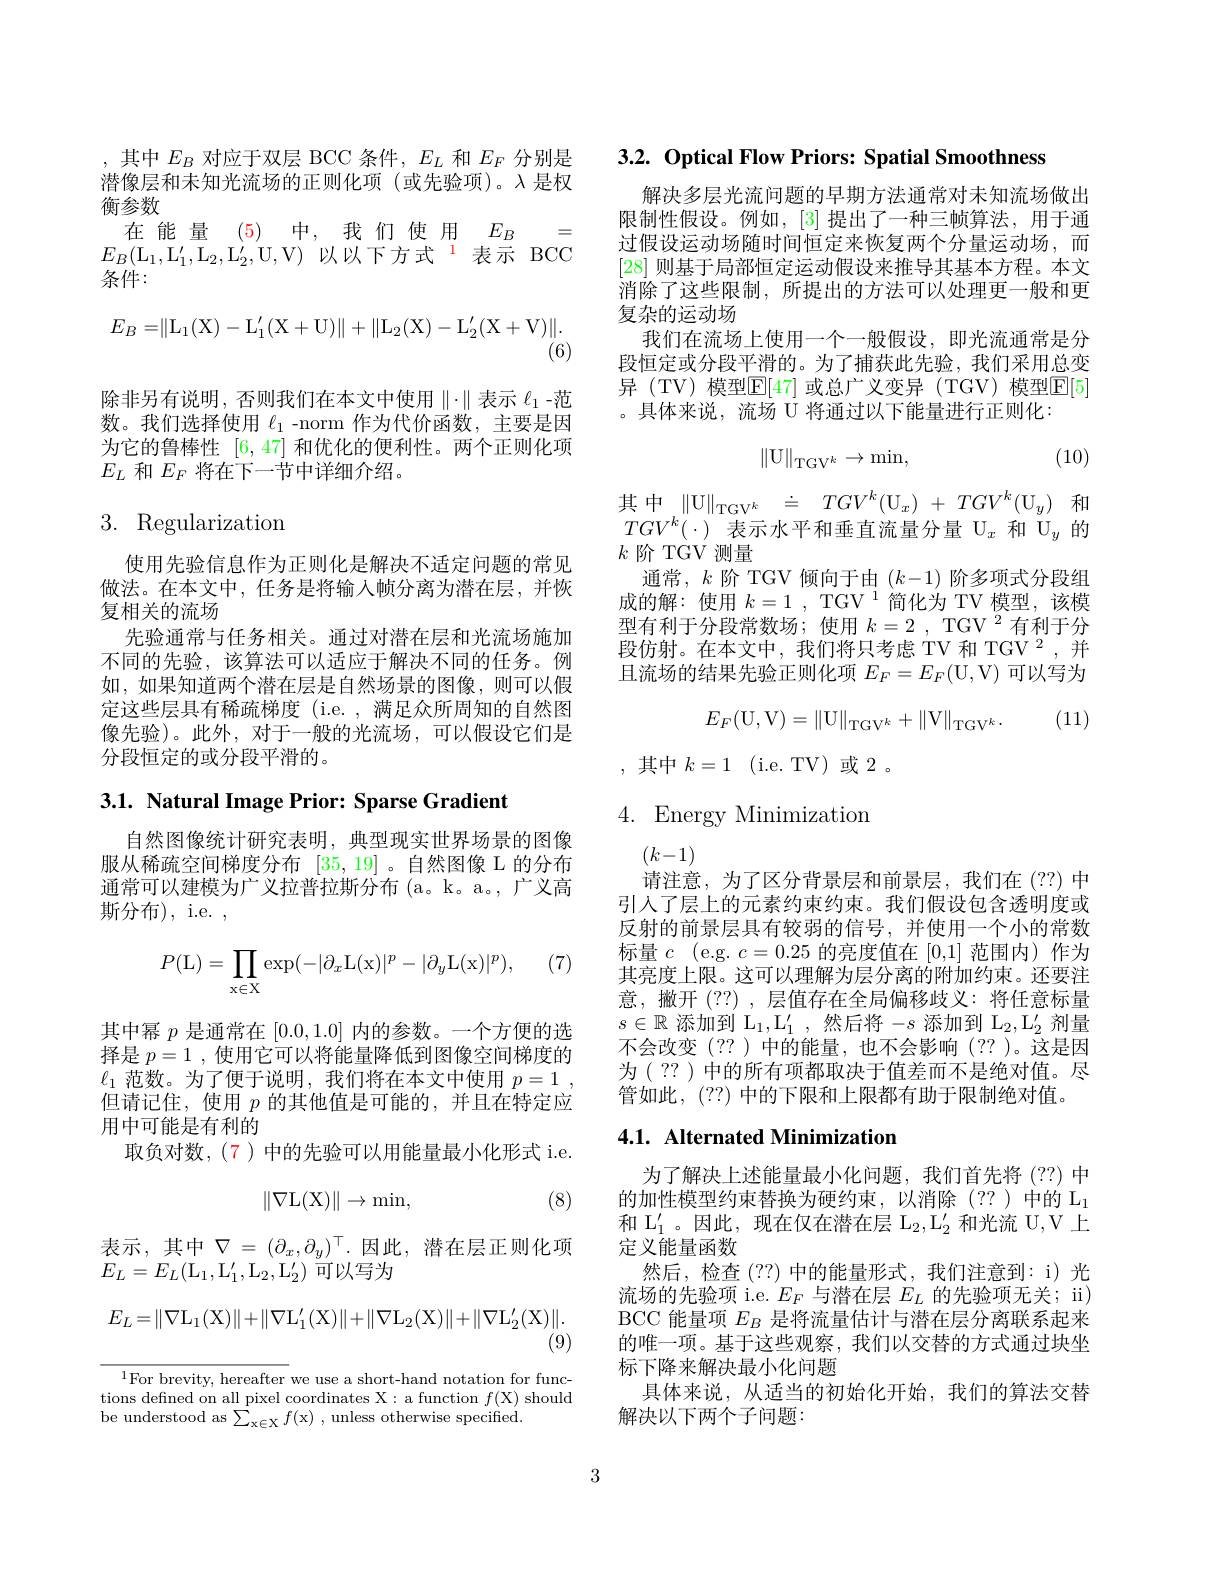
,其中$E_B$ 对应于双层 BCC 条件$,E_L$ 和$E_F$ 分别是潜像层和未知光流场的正则化项(或先验项)。λ是权衡参数
在能量(5)中，我们使用$E_B=$ $E_{B}( \mathrm{L} _{1}, \mathrm{L} _{1}^{\prime }, \mathrm{L} _{2}, \mathrm{L} _{2}^{\prime }$,U,V)以以下方式$^{1}$表示 BCC 条件：
$$E_B=\|\mathrm L_1(\mathrm X)-\mathrm L_1'(\mathrm X+\mathrm U)\|+\|\mathrm L_2(\mathrm X)-\mathrm L_2'(\mathrm X+\mathrm V)\|$$
除非另有说明，否则我们在本文中使用$\parallel\cdot\parallel$表示 $\ell_1$-范数。我们选择使用$\ell_1$ -norm 作为代价函数，主要是因为它的鲁棒性[6,47]和优化的便利性。两个正则化项$E_L$和$E_F$将在下一节中详细介绍。

## 3. Regularization

使用先验信息作为正则化是解决不适定问题的常见做法。在本文中，任务是将输入帧分离为潜在层，并恢复相关的流场
先验通常与任务相关。通过对潜在层和光流场施加不同的先验，该算法可以适应于解决不同的任务。例如，如果知道两个潜在层是自然场景的图像，则可以假定这些层具有稀疏梯度 (i.e. , 满足众所周知的自然图像先验)。此外，对于一般的光流场，可以假设它们是分段恒定的或分段平滑的。

3.1. Natural Image Prior: Sparse Gradient

自然图像统计研究表明，典型现实世界场景的图像服从稀疏空间梯度分布[35,19] 。自然图像 L 的分布通常可以建模为广义拉普拉斯分布 (a。k。a。,广义高斯分布),i.e.,

(7)
$$P(\mathrm L)=\prod_{\mathrm x\in\mathrm X}\exp(-|\partial_x\mathrm L(\mathrm x)|^p-|\partial_y\mathrm L(\mathrm x)|^p),$$
其中幂$p$是通常在[0.0,1.0]内的参数。一个方便的选择是$p=1$ , 使用它可以将能量降低到图像空间梯度的$\ell_1$范数。为了便于说明，我们将在本文中使用$p= 1$ , 但请记住，使用$p$的其他值是可能的，并且在特定应用中可能是有利的
取负对数，(7)中的先验可以用能量最小化形式 i.e.
$$\|\nabla\mathrm L(\mathrm X)\|\to\mathrm m\mathrm i\mathrm n,$$
(8)

表示，其中$\nabla=(\partial_x,\partial_y)^\top.$因此，潜在层正则化项
$E_{L}=E_{L}(\mathrm{L}_{1},\mathrm{L}_{1}^{\prime},\mathrm{L}_{2},\mathrm{L}_{2}^{\prime})$可以写为
$$E_{L}=\|\nabla\mathrm{L}_{1}(\mathrm{X})\|+\|\nabla\mathrm{L}_{1}'(\mathrm{X})\|+\|\nabla\mathrm{L}_{2}(\mathrm{X})\|+\|\nabla\mathrm{L}_{2}'(\mathrm{X})\|$$
(9)

$^{1}$For brevity, hereafter we use a short-hand notation for functions defined on all pixel coordinates X: a function $f($X) should be understood as $\sum_{\mathrm{x\in X}}f($x) , unless otherwise specified

$3. 2. \textbf{ Optical Flow Priors: Spatial Smoothness}$

解决多层光流问题的早期方法通常对未知流场做出限制性假设。例如，[3]提出了一种三帧算法，用于通过假设运动场随时间恒定来恢复两个分量运动场，而[28]则基于局部恒定运动假设来推导其基本方程。本文消除了这些限制，所提出的方法可以处理更一般和更复杂的运动场
我们在流场上使用一个一般假设，即光流通常是分段恒定或分段平滑的。为了捕获此先验，我们采用总变异 (TV) 模型$\overline{\mathbb{E}}[47]$ 或总广义变异 (TGV) 模型$\overline{\mathbb{E}}[5]$ 。具体来说，流场 U 将通过以下能量进行正则化：

(10)
$$\|\mathrm{U}\|_{\mathrm{TGV}^k}\to\min,$$
$$\begin{array}{rcl}{\text{中}}&{{}\|\mathrm{U}\|_{\mathrm{TGV}^{k}}}&{\doteq}&{{}TGV^{k}(\mathrm{U}_{x})\:+\:TGV^{k}(\mathrm{U}_{y})}&{{}}\end{array}$$
$TGV^k(\cdot)$表示水平和垂直流量分量$\mathcal{U}_x$和$\mathcal{U}_y$的
$k$阶 TGV 测量
通常，$k$阶 TGV 倾向于由$(k-1)$阶多项式分段组成的解：使用$k=1\mathrm{~,~TGV~}^{1}$简化为 TV 模型，该模型有利于分段常数场；使用 $k=2\mathrm{~,~TGV~}^{2}$有利于分段仿射。在本文中，我们将只考虑 TV 和 TGV 2,并且流场的结果先验正则化项$E_F=E_F($U,V) 可以写为

(11)
$$E_F(\mathrm U,\mathrm V)=\|\mathrm U\|_{\mathrm T\mathrm G\mathrm V^k}+\|\mathrm V\|_{\mathrm T\mathrm G\mathrm V^k}.$$
,其中$k= 1$ (i.e.TV)或 2。

4. Energy Minimization

$(k-1)$
请注意，为了区分背景层和前景层，我们在(??)中引入了层上的元素约束约束。我们假设包含透明度或反射的前景层具有较弱的信号，并使用一个小的常数标量$c$ (e.g. $c=0.25$的亮度值在[0,1]范围内)作为其亮度上限。这可以理解为层分离的附加约束。还要注意，撇开(??),层值存在全局偏移歧义：将任意标量$s\in\mathbb{R}$添加到$\mathcal{L}_1,\mathcal{L}_1^\prime$,然后将$-s$添加到$\mathcal{L}_2,\mathcal{L}_2^\prime$剂量不会改变(??)中的能量，也不会影响(??)。这是因为( ?? ) 中的所有项都取决于值差而不是绝对值。尽管如此，(??) 中的下限和上限都有助于限制绝对值。

## 4.1. Alternated Minimization

为了解决上述能量最小化问题，我们首先将(??)中的加性模型约束替换为硬约束，以消除(??)中的 L$_{1}$ 和$\mathcal{L}_1^\prime$。因此，现在仅在潜在层$\mathcal{L}_2,\mathcal{L}_2^\prime$和光流 U,V 上定义能量函数
然后，检查(??)中的能量形式，我们注意到：i)光流场的先验项 i.e. $E_F$与潜在层$E_L$的先验项无关；ii) BCC 能量项$E_B$是将流量估计与潜在层分离联系起来的唯一项。基于这些观察，我们以交替的方式通过块坐标下降来解决最小化问题
具体来说，从适当的初始化开始，我们的算法交替
解决以下两个子问题：

3